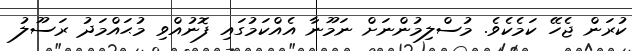
ކުރަން ޖެހޭ ކަމެކެވެ. މުސްލިމުންނަށް ނަމޫނާ އެއްކަމުގައި ފޮނުއްވި މުޙައްމަދު ރަސޫލު